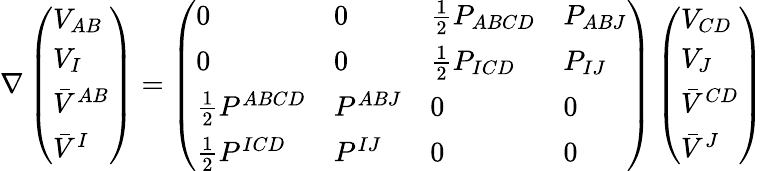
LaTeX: \nabla\left(\begin{array}{l}{{V_{AB}}}\\ {{V_{I}}}\\ {{\bar{V}^{AB}}}\\ {{\bar{V}^{I}}}\end{array}\right)=\left(\begin{array}{llll}{{0}}&{{0}}&{{{\frac{1}{2}}P_{ABCD}}}&{{P_{ABJ}}}\\ {{0}}&{{0}}&{{{\frac{1}{2}}P_{ICD}}}&{{P_{IJ}}}\\ {{{\frac{1}{2}}P^{ABCD}}}&{{P^{ABJ}}}&{{0}}&{{0}}\\ {{{\frac{1}{2}}P^{ICD}}}&{{P^{IJ}}}&{{0}}&{{0}}\end{array}\right)\left(\begin{array}{l}{{V_{CD}}}\\ {{V_{J}}}\\ {{\bar{V}^{CD}}}\\ {{\bar{V}^{J}}}\end{array}\right)